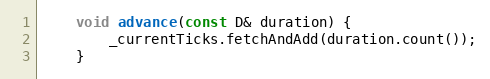
Language: C
    void advance(const D& duration) {
        _currentTicks.fetchAndAdd(duration.count());
    }